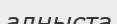
алныста